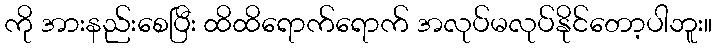
ကို အားနည်းစေပြီး ထိထိရောက်ရောက် အလုပ်မလုပ်နိုင်တော့ပါဘူး။